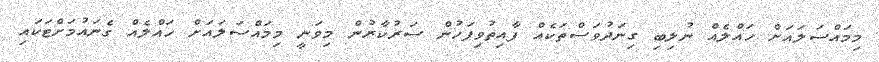
މިމައްސަލައަށް ހައްލެއް ނުލިބި ގިނަދުވަސްތަކެއް ފާއިތުވިފަހުން ސަރުކާރުން މިވަނީ މިމައްސަލައަށް ހައްލެއް ގެނައުމަށްޓަކައި